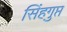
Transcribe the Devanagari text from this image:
सिंहगुप्त